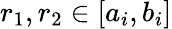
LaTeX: r_{1},r_{2}\in[a_{i},b_{i}]